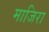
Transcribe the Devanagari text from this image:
माजिरा